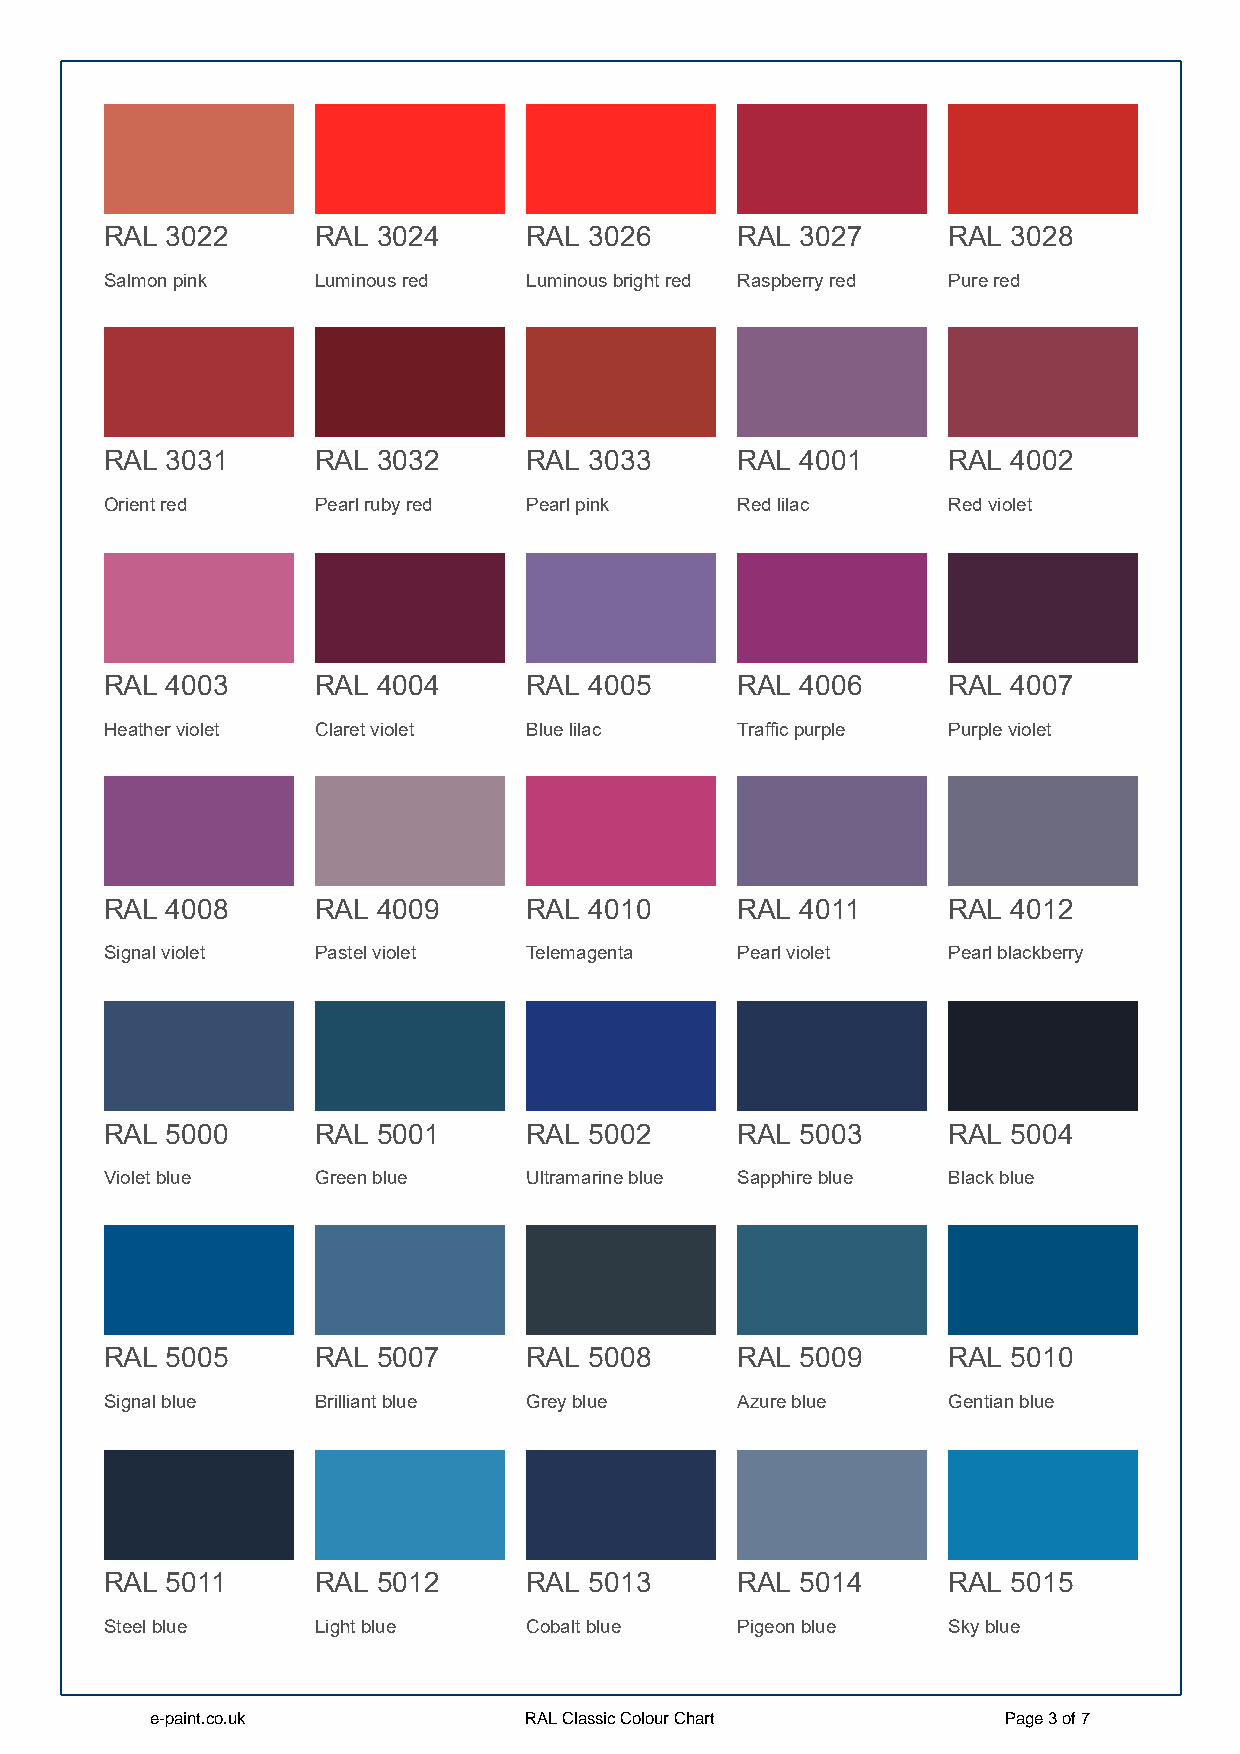
RAL 3022      RAL 3024      RAL 3026      RAL 3027      RAL 3028
 Salmon pink   Luminous red  Luminous bright red Raspberry red Pure red
 RAL 3031      RAL 3032      RAL 3033      RAL 4001      RAL 4002
 Orient red    Pearl ruby red Pearl pink   Red lilac     Red violet
 RAL 4003      RAL 4004      RAL 4005      RAL 4006      RAL 4007
 Heather violet Claret violet Blue lilac   Traffic purple Purple violet
 RAL 4008      RAL 4009      RAL 4010      RAL 4011      RAL 4012
 Signal violet Pastel violet Telemagenta   Pearl violet  Pearl blackberry
 RAL 5000      RAL 5001      RAL 5002      RAL 5003      RAL 5004
 Violet blue   Green blue    Ultramarine blue Sapphire blue Black blue
 RAL 5005      RAL 5007      RAL 5008      RAL 5009      RAL 5010
 Signal blue   Brilliant blue Grey blue    Azure blue    Gentian blue
 RAL 5011      RAL 5012      RAL 5013      RAL 5014      RAL 5015
 Steel blue    Light blue    Cobalt blue   Pigeon blue   Sky blue
 e-paint.co.uk            RAL Classic Colour Chart       Page 3 of 7